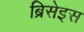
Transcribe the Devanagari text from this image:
ब्रिसेइस